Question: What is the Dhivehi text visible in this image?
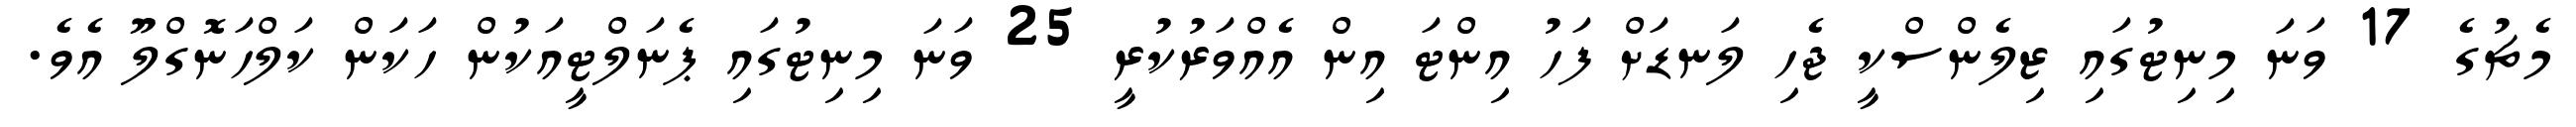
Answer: މެޗުގެ 17 ވަނަ މިނިޓުގައި ޒިލެންސްކީ ޖެހި ލަނޑަށް ފަހު އިންޓަ އިން އެއްވަރުކުރީ 25 ވަނަ މިނިޓުގައި ޕެނަލްޓީއަކުން ހަކަން ކަލްހަނޮގްލޫ އެވެ.